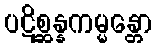
ပဋိစ္ဆန္နကမ္မန္တော